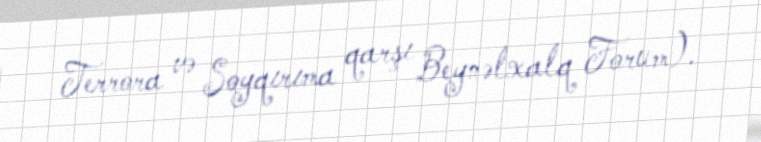
Terrora və Soyqırıma qarşı Beynəlxalq Forum).